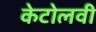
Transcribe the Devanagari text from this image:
केटोलवी